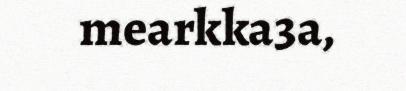
mearkka3a,